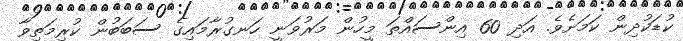
ކުޑަކުދިން ކަމަށެވެ. އަދި 60 އިންސައްތަ މީހުން މަރުވަނީ ހަނގުރާމައިގެ ސަބަބުން ކުރިމަތިވާ